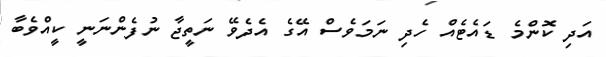
އަދި ކޮންމެ ޑައެޓެއް ހެދި ނަމަވެސް އޭގެ އެދެވޭ ނަތީޖާ ނުފެންނަނީ ކީއްވެބާ